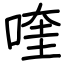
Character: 喹